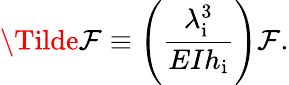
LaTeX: \Tilde{\mathcal{F}}\equiv\left(\frac{{\lambda_{\mathrm{{i}}}^{3}}}{{EIh_{\mathrm{{i}}}}}\right)\mathcal{F}.